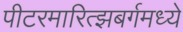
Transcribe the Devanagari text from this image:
पीटरमारित्झबर्गमध्ये